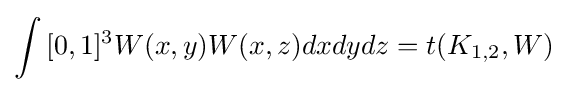
\int {[0,1]^{3}}W(x,y)W(x,z)dxdydz=t(K_{1,2},W)